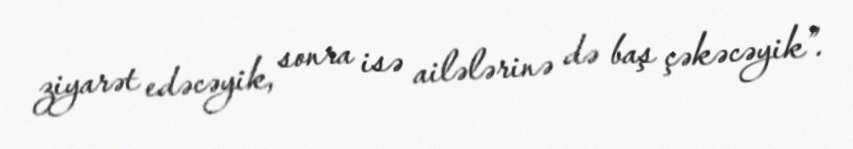
ziyarət edəcəyik, sonra isə ailələrinə də baş çəkəcəyik”.